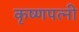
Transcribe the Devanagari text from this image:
कृष्णपत्‍नी